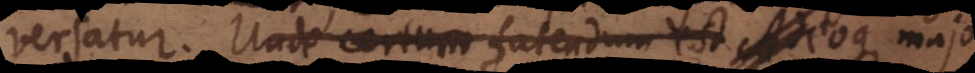
versatur. Unde certum fatendum est. Adeoque,